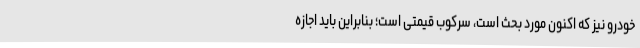
خودرو نیز که اکنون مورد بحث است، سرکوب قیمتی است؛ بنابراین باید اجازه